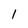
Character: l